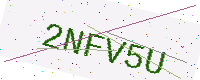
Text: 2NFV5U